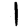
Digit: 1